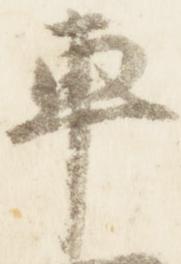
車